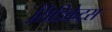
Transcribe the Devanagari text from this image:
सिंडिकेट्स